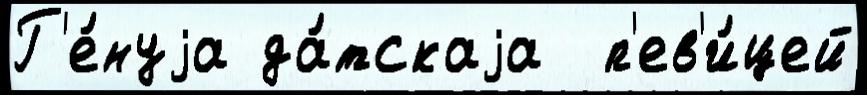
Г'е́нуjа да́тскаjа  п'ев'и́цей